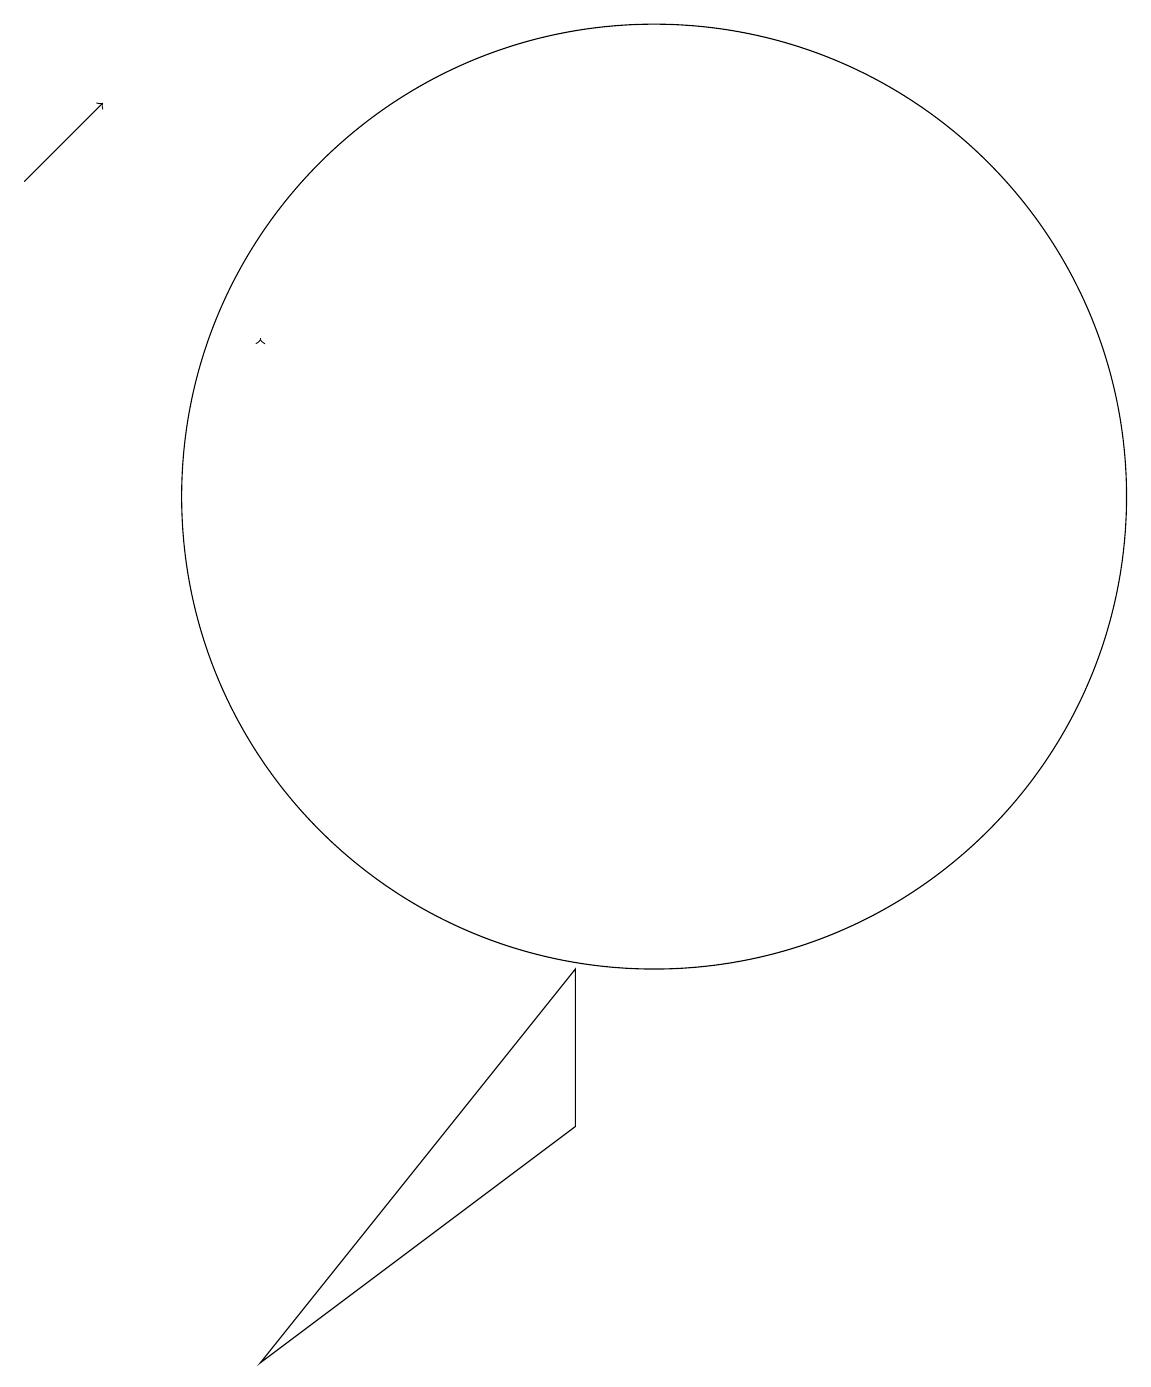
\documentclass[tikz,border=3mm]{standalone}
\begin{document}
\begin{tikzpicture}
\draw (5,0) -- (9,3) -- (9,5) -- cycle;
\draw[->] (5,13) -- (5,13);
\draw (10,11) circle (6);
\draw[->] (2,15) -- (3,16);
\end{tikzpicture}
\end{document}